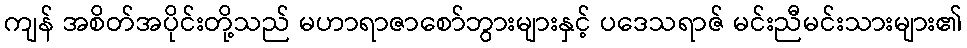
ကျန် အစိတ်အပိုင်းတို့သည် မဟာရာဇာစော်ဘွားများနှင့် ပဒေသရာဇ် မင်းညီမင်းသားများ၏